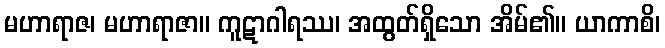
မဟာရာဇ၊ မဟာရာဇာ။ ကူဋာဂါရဿ၊ အထွတ်ရှိသော အိမ်၏။ ယာကာစိ၊